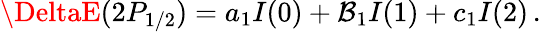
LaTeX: \DeltaE(2P_{1/2})=a_{1}I(0)+\mathcal{B}_{1}I(1)+c_{1}I(2)\, {.}